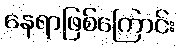
နေရာဖြစ်ကြောင်း